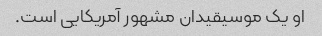
او یک موسیقیدان مشهور آمریکایی است.